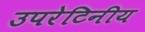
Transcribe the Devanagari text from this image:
उपरेटिनीय